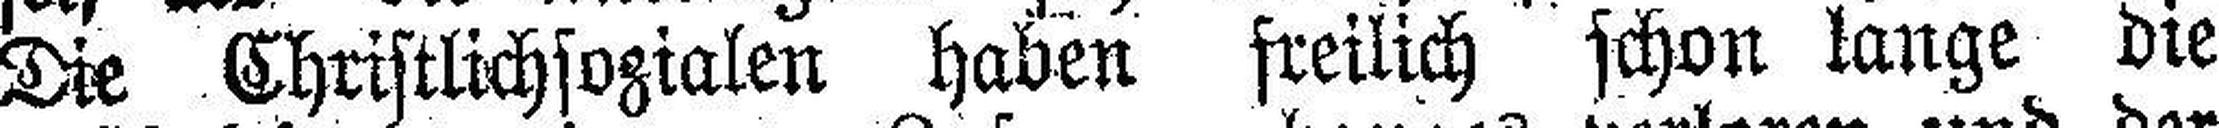
Die Christlichsozialen haben freilich schon lange die